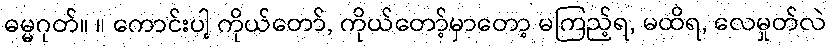
ဓမ္မဂုတ်။ ။ ကောင်းပါ့ ကိုယ်တော်, ကိုယ်တော့်မှာတော့ မကြည့်ရ, မထိရ, လေမှုတ်လဲ